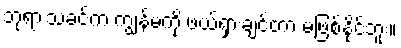
ဘုရားသခင်က ကျွန်မကို ဖယ်ရှားချင်တာ မဖြစ်နိုင်ဘူး။